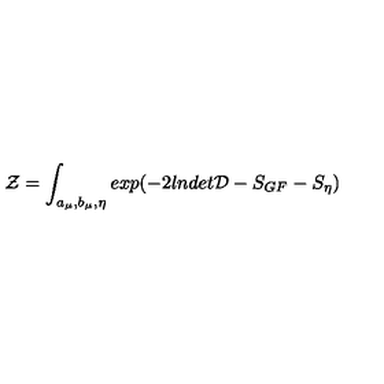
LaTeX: { \cal Z } = \int _ { a _ { \mu } , b _ { \mu } , \eta } e x p ( - 2 l n d e t { \cal D } - S _ { G F } - S _ { \eta } )